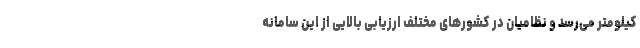
کیلومتر می‌رسد و نظامیان در کشورهای مختلف ارزیابی بالایی از این سامانه